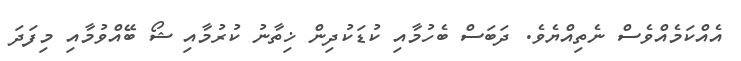
އެއްކަމެއްވެސް ނެތިއްޔެވެ. ދަބަސް ބެހުމާއި ކުޑަކުދިން ޚިތާނު ކުރުމާއި ޝޯ ބޭއްވުމާއި މިފަދަ